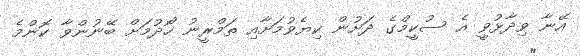
އޭނާ ވިދާޅުވީ އެ ސުކީމްގެ ދަށުން ކިޔެވުމަށާއި ތަމްރީނު ހޯދުމަށް ބޭނުންވާ ކޮންމެ